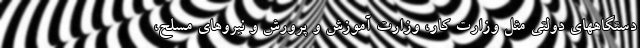
دستگاههای دولتی مثل وزارت کار، وزارت آموزش و پرورش و نیروهای مسلح،